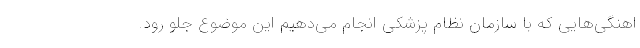
اهنگی‌هایی که با سازمان نظام پزشکی انجام می‌دهیم این موضوع جلو رود.